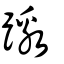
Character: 躈